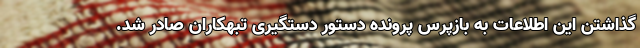
گذاشتن این اطلاعات به بازپرس پرونده دستور دستگیری تبهکاران صادر شد.